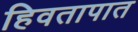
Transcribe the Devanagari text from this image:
हिवतापात